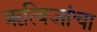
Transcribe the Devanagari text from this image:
ॠत्विजांचा